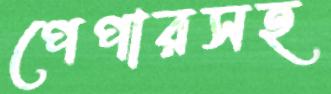
পেপারসহ